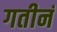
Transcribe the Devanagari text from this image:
गतीनं